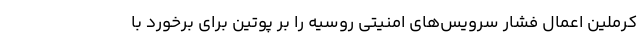
کرملین اعمال فشار سرویس‌های امنیتی روسیه را بر پوتین برای برخورد با